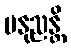
မနုညန္တိ